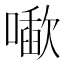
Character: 𰈱